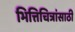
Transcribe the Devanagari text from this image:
भित्तिचित्रांसाठी